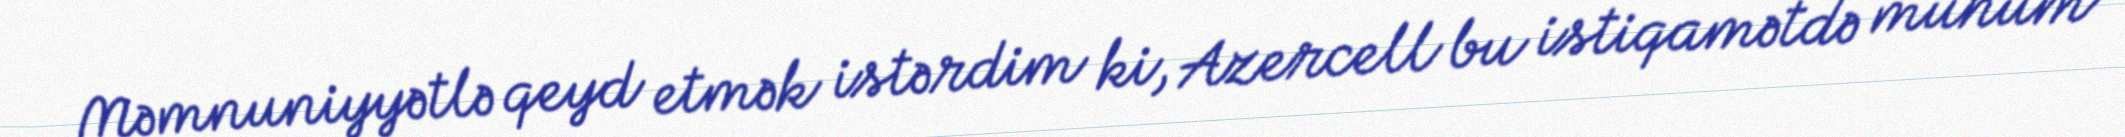
Məmnuniyyətlə qeyd etmək istərdim ki, Azercell bu istiqamətdə mühüm